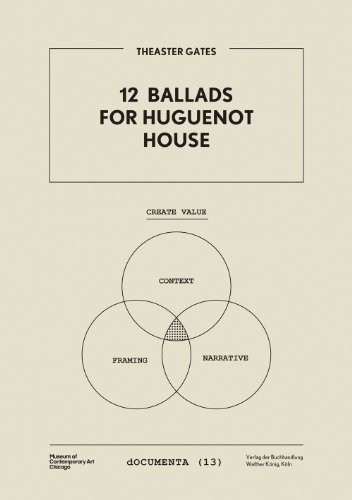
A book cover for Theaster Gates: 12 Ballads for Hugenot House (dOCUMENTA); Michael Darling; Arts & Photography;